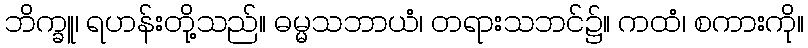
ဘိက္ခူ၊ ရဟန်းတို့သည်။ ဓမ္မသဘာယံ၊ တရားသဘင်၌။ ကထံ၊ စကားကို။